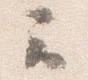
云